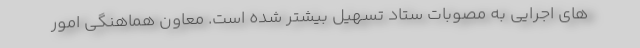
های اجرایی به مصوبات ستاد تسهیل بیشتر شده است. معاون هماهنگی امور